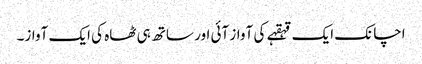
اچانک ایک قہقہے کی آواز آئی اور ساتھ ہی ٹھاہ کی ایک آواز۔